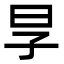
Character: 㫗